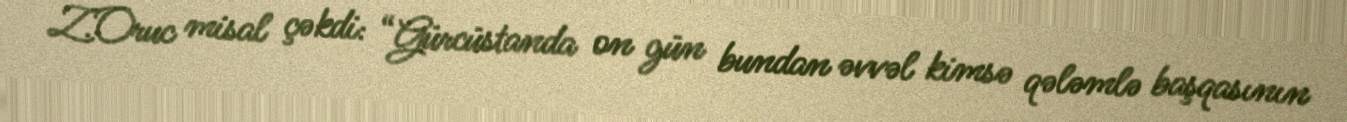
Z.Oruc misal çəkdi: “Gürcüstanda on gün bundan əvvəl kimsə qələmlə başqasının